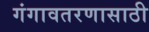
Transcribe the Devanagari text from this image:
गंगावतरणासाठी